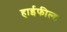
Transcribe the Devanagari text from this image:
हाईफील्ड